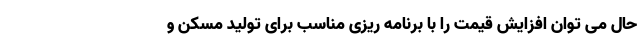
حال می توان افزایش قیمت را با برنامه ریزی مناسب برای تولید مسکن و